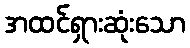
အထင်ရှားဆုံးသော